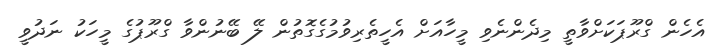
އެހެން ގްރޫޕަކަށްވާތީ މިދެންނެވި މީހާއަށް އެހީތެރިވުމުގެގޮތުން ލޭ ބޭނުންވާ ގްރޫޕުގެ މީހަކު ނަދުވީ